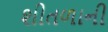
શીતળાની